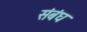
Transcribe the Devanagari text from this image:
संबंघ